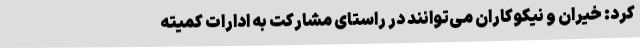
کرد: خیران و نیکوکاران می‌توانند در راستای مشارکت به ادارات کمیته